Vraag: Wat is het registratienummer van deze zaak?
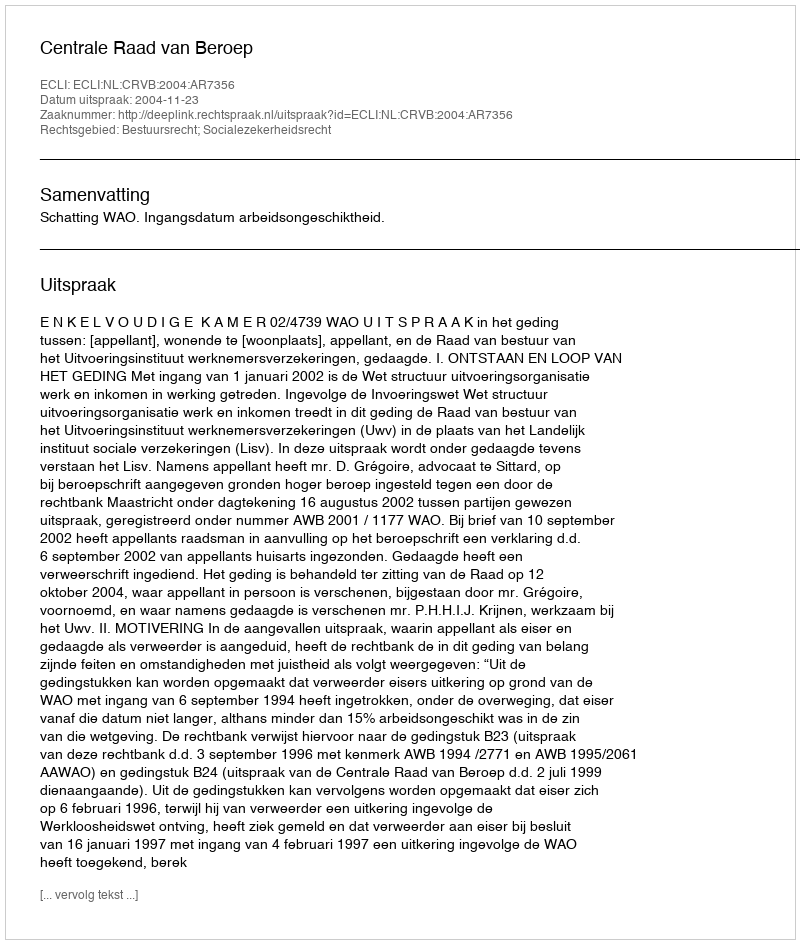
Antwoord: http://deeplink.rechtspraak.nl/uitspraak?id=ECLI:NL:CRVB:2004:AR7356